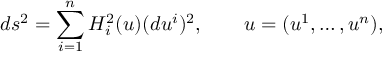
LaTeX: d s ^ { 2 } = \sum _ { i = 1 } ^ { n } H _ { i } ^ { 2 } ( u ) ( d u ^ { i } ) ^ { 2 } , \qquad u = ( u ^ { 1 } , \ldots , u ^ { n } ) ,